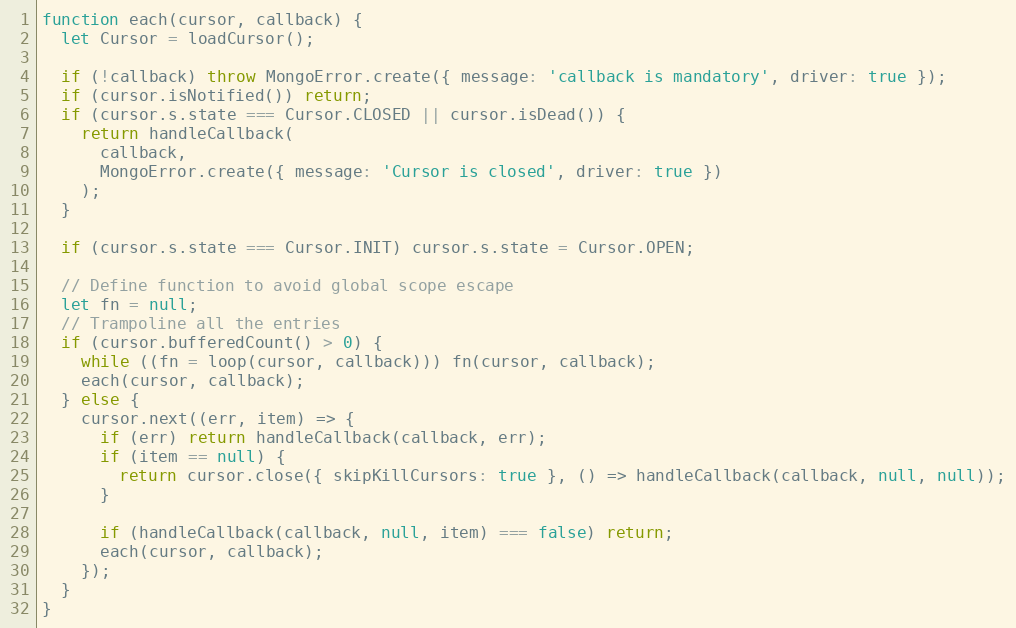
Language: JavaScript
function each(cursor, callback) {
  let Cursor = loadCursor();

  if (!callback) throw MongoError.create({ message: 'callback is mandatory', driver: true });
  if (cursor.isNotified()) return;
  if (cursor.s.state === Cursor.CLOSED || cursor.isDead()) {
    return handleCallback(
      callback,
      MongoError.create({ message: 'Cursor is closed', driver: true })
    );
  }

  if (cursor.s.state === Cursor.INIT) cursor.s.state = Cursor.OPEN;

  // Define function to avoid global scope escape
  let fn = null;
  // Trampoline all the entries
  if (cursor.bufferedCount() > 0) {
    while ((fn = loop(cursor, callback))) fn(cursor, callback);
    each(cursor, callback);
  } else {
    cursor.next((err, item) => {
      if (err) return handleCallback(callback, err);
      if (item == null) {
        return cursor.close({ skipKillCursors: true }, () => handleCallback(callback, null, null));
      }

      if (handleCallback(callback, null, item) === false) return;
      each(cursor, callback);
    });
  }
}